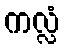
ကလ္လံ